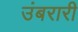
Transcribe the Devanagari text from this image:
उंबरारी